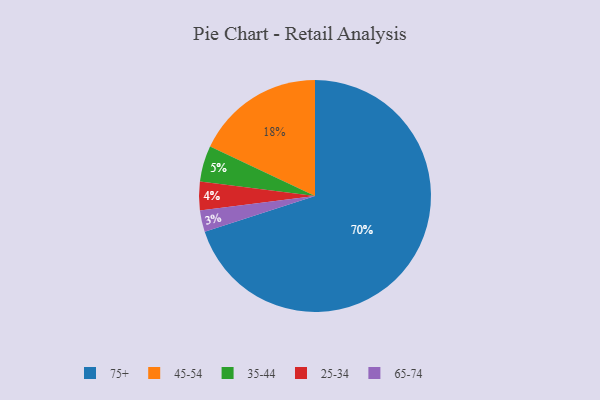
{"axis": {"x": "Category", "y": "Percentage"}, "legend": ["25-34", "35-44", "45-54", "65-74", "75+"], "data": [{"x": "35-44", "y": 5, "type": "35-44"}, {"x": "25-34", "y": 4, "type": "25-34"}, {"x": "65-74", "y": 3, "type": "65-74"}, {"x": "75+", "y": 70, "type": "75+"}, {"x": "45-54", "y": 18, "type": "45-54"}]}